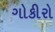
ગોકીરો